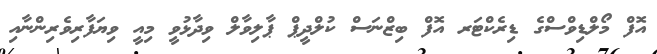
އޮފް މޯލްޑިވްސްގެ ޑިރެކްޓަރ އޮފް ބިޒްނަސް ކުލްދީޕް ޕާލިވާލް ވިދާޅުވީ މިއީ ވިޔަފާރިވެރިންނާއި